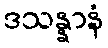
ဒသန္နာနံ